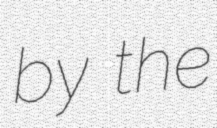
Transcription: by the